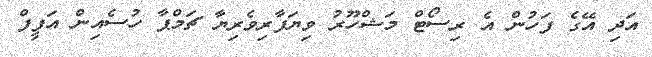
އަދި އޭގެ ފަހުން އެ ރިސޯޓް މަޝްހޫރު ވިޔަފާރިވެރިޔާ ޗަމްޕާ ހުސެއިން އަފީފް